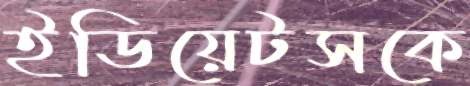
ইডিয়েটসকে